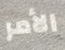
الأمر